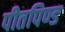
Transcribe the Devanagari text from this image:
पीतपिण्ड